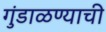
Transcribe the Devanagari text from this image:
गुंडाळण्याची